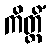
ကိတ္တိံ